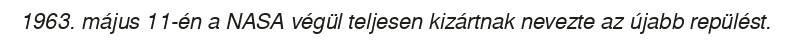
1963. május 11-én a NASA végül teljesen kizártnak nevezte az újabb repülést.